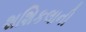
શશિકલાની